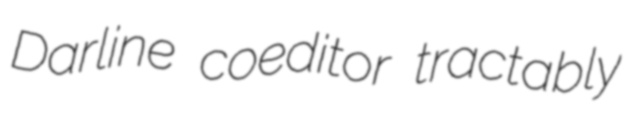
Darline coeditor tractably